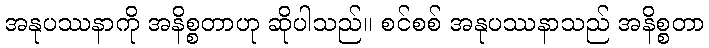
အနုပဿနာကို အနိစ္စတာဟု ဆိုပါသည်။ စင်စစ် အနုပဿနာသည် အနိစ္စတာ